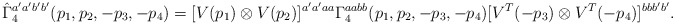
\begin{align*}\hat{\Gamma}_4^{a'a'b'b'}(p_1, p_2, -p_3, -p_4)=[V(p_1)\otimes V(p_2)]^{a'a'aa} {\Gamma}_4^{aabb}(p_1, p_2, -p_3, -p_4) [V^T(-p_3)\otimes V^T(-p_4)]^{bbb'b'}.\end{align*}